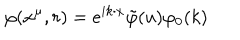
\varphi ( x ^ { \mu } , r ) = e ^ { i k \cdot x } \tilde { \varphi } ( u ) \varphi _ { 0 } ( k )